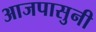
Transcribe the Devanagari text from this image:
आजपासुनी